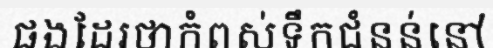
ផងដែរថាកំពស់ទឹកជំនន់នៅ